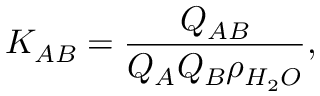
K _ { A B } = \frac { Q _ { A B } } { Q _ { A } Q _ { B } \rho _ { H _ { 2 } O } } ,